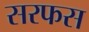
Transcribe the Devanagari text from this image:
सरफस